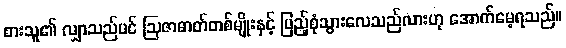
စားသူ၏ လျှာသည်ပင် ဩဇာဓာတ်တစ်မျိုးနှင့် ပြည့်စုံသွားလေသည်လားဟု အောက်မေ့ရသည်။